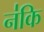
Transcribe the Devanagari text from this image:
न॑कि